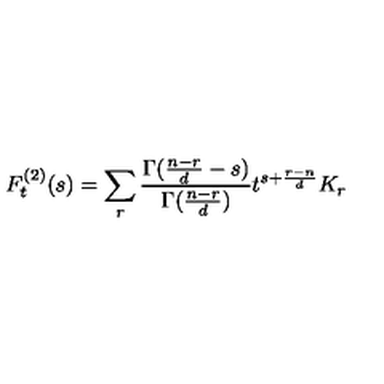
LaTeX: F _ { t } ^ { ( 2 ) } ( s ) = \sum _ { r } \frac { \Gamma ( \frac { n - r } { d } - s ) } { \Gamma ( \frac { n - r } { d } ) } t ^ { s + \frac { r - n } { d } } K _ { r }